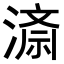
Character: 𭲍